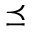
\preceq